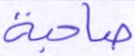
صاحبة